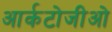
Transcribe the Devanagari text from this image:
आर्कटोजीओ